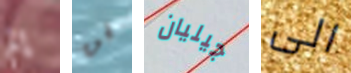
إلم فن جيليان الى